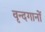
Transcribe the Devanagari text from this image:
वृन्दगानों